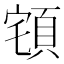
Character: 𲊮